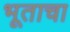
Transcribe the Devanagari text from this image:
भूताचा